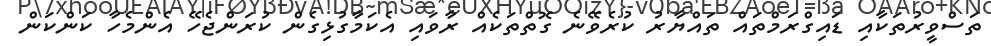
ތަސްވީރުތަކާއި ޑައިގްރަމްތައް ތައްޔާރު ކުރެވޭނެ ގޮތްތަކެއް ރާވައި އެކަމާގުޅިގެން ކުރަންޖެހޭ އެންމެހާ ކަންކަން